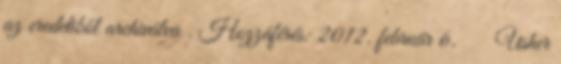
az eredetiből archiválva . Hozzáférés: 2012. február 6. ↑ Usher